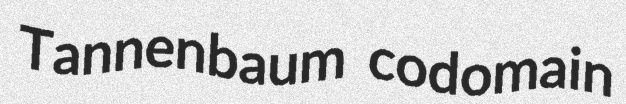
Tannenbaum codomain